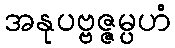
အနုပဗ္ဗဇ္ဇမ္ပဟံ